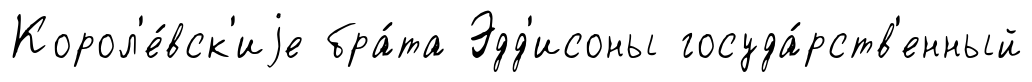
Корол'е́вск'иjе бра́та Эдд'исоны госуда́рств'енный